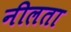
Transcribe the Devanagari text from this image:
नीलता